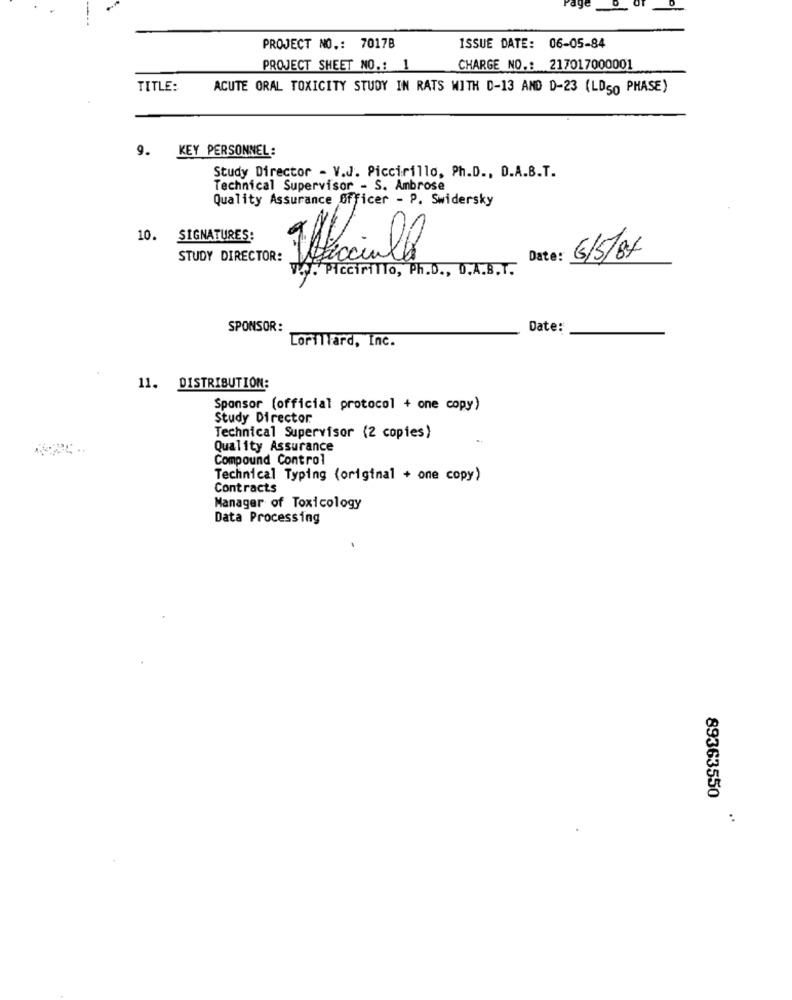
PROJECT NO .: 7017B
ISSUE DATE: 06-05-84
PROJECT SHEET NO .: 1
CHARGE NO .: 217017000001
TITLE:
ACUTE ORAL TOXICITY STUDY IN RATS WITH D-13 AND D-23 (LD50 PHASE)
9. KEY PERSONNEL:
Study Director - V.J. Piccirillo, Ph.D ., D.A.B.T.
Technical Supervisor - S. Ambrose
Quality Assurance Officer - P. Swidersky
10. SIGNATURES:
STUDY DIRECTOR:
Iffecialle
Date: 5/5/84
W. Piccirillo, Ph.D ., D.A.B.T.
SPONSOR:
Date:
Lorillard, Inc.
11. DISTRIBUTION:
Sponsor (official protocol + one copy)
Study Director
Technical Supervisor (2 copies)
Quality Assurance
Compound Control
Technical Typing (original + one copy)
Contracts
Manager of Toxicology
Data Processing
89363550
: